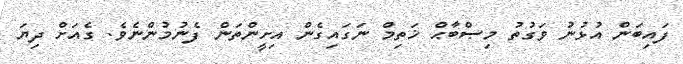
ފައިބަން އުޅުނު ވަގުތު މިޞްބާޙް ޚަތިމް ނަގައިގެން އިށީންތަން ފެނުމުންނެވެ. ގެއަށް ދިޔަ